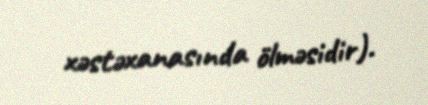
xəstəxanasında ölməsidir).